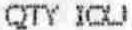
QTY IOU